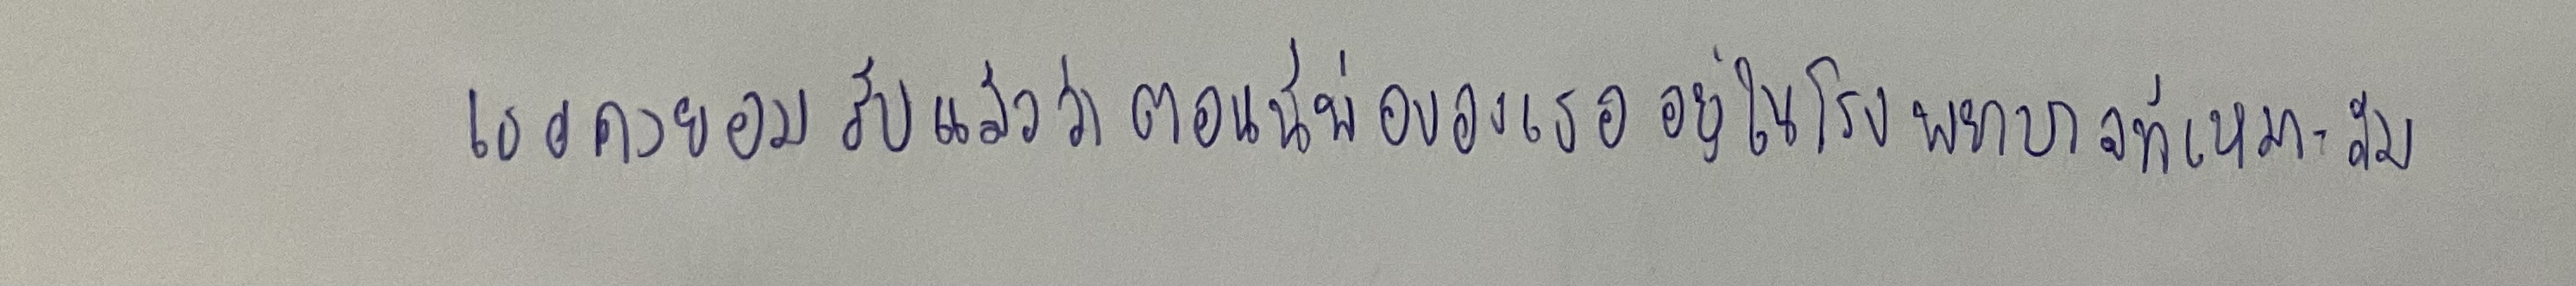
"เธอคงยอมรับแล้วว่าตอนนี้พ่อของเธออยู่ในโรงพยาบาลที่เหมาะสม